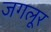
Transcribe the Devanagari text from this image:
जगलूर